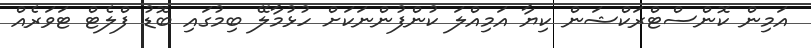
އަމިން ކޮންސްޓްރަކްޝަން ކިޔާ އަމިއްލަ ކުންފުންނަކަށް ހުޅުމާލޭ ބިމުގައި ބޮޑު ފްލެޓް ޓަވަރެއް